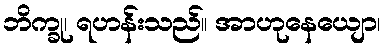
ဘိက္ခု၊ ရဟန်းသည်။ အာဟုနေယျော၊